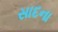
સાદના